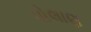
પોલાણ